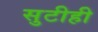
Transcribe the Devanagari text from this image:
सुटीही